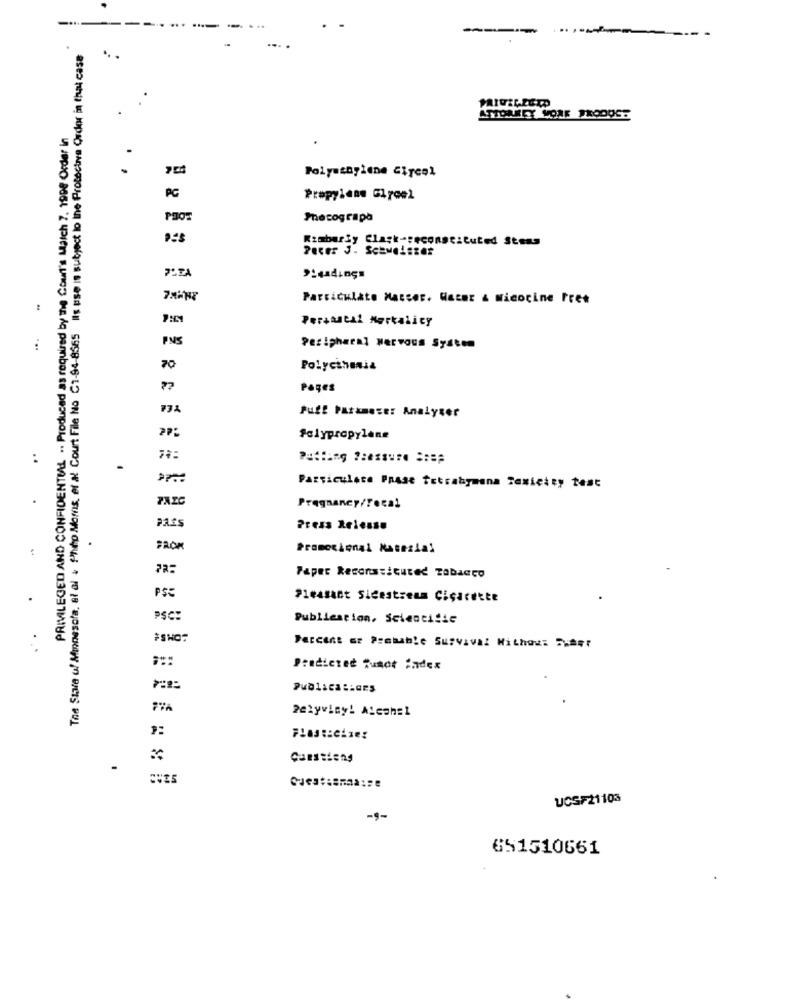
----
The Stare of Minnesota, al al . Phho Morns, et al Court File No C1-94-8565 Ils use is subject lo ine Protective Order in that case
.. .
ATTORELY VORE TROOOGE
PRIVILEGED AND CONFIDENTULL .. Produced as required by the Court's Match 7. 1998 Order in
.
Polyethylene Giycol
PC
Propylene Giroel
PROT
Photograph
Kimberly Clark-reconstituted Stens
Leadings
Particulate Matter, Macar & Micocine Free
Persastai Mortality
FNS
Peripheral Nervous System
70
Polycinania
??
Pages
Puff Patamese: Analyser
Polypropylene
..
Particulare Prase Tetrabymana Toxicity test
.
Pregnancy/Fecal
PASS
Press Release
.
Promocional Material
Paper Reconstituted Tabacco
PS:
Pleasant Sidestream Cigarette
PSC:
Publication, Scientific
#SHOT
Percent or Probable Survival Without 5weer
Predicteć Tunot fadex
Petyviny! Alcoh=1
Cuestiony
UCSF21103
-9-
651510661